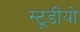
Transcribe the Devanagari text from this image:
स्टूडीयो